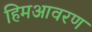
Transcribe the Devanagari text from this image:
हिमआवरण